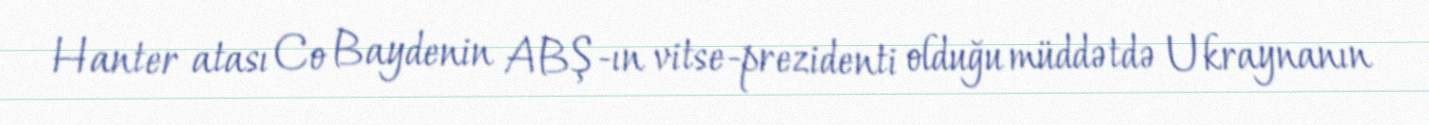
Hanter atası Co Baydenin ABŞ-ın vitse-prezidenti olduğu müddətdə Ukraynanın